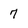
Character: 7